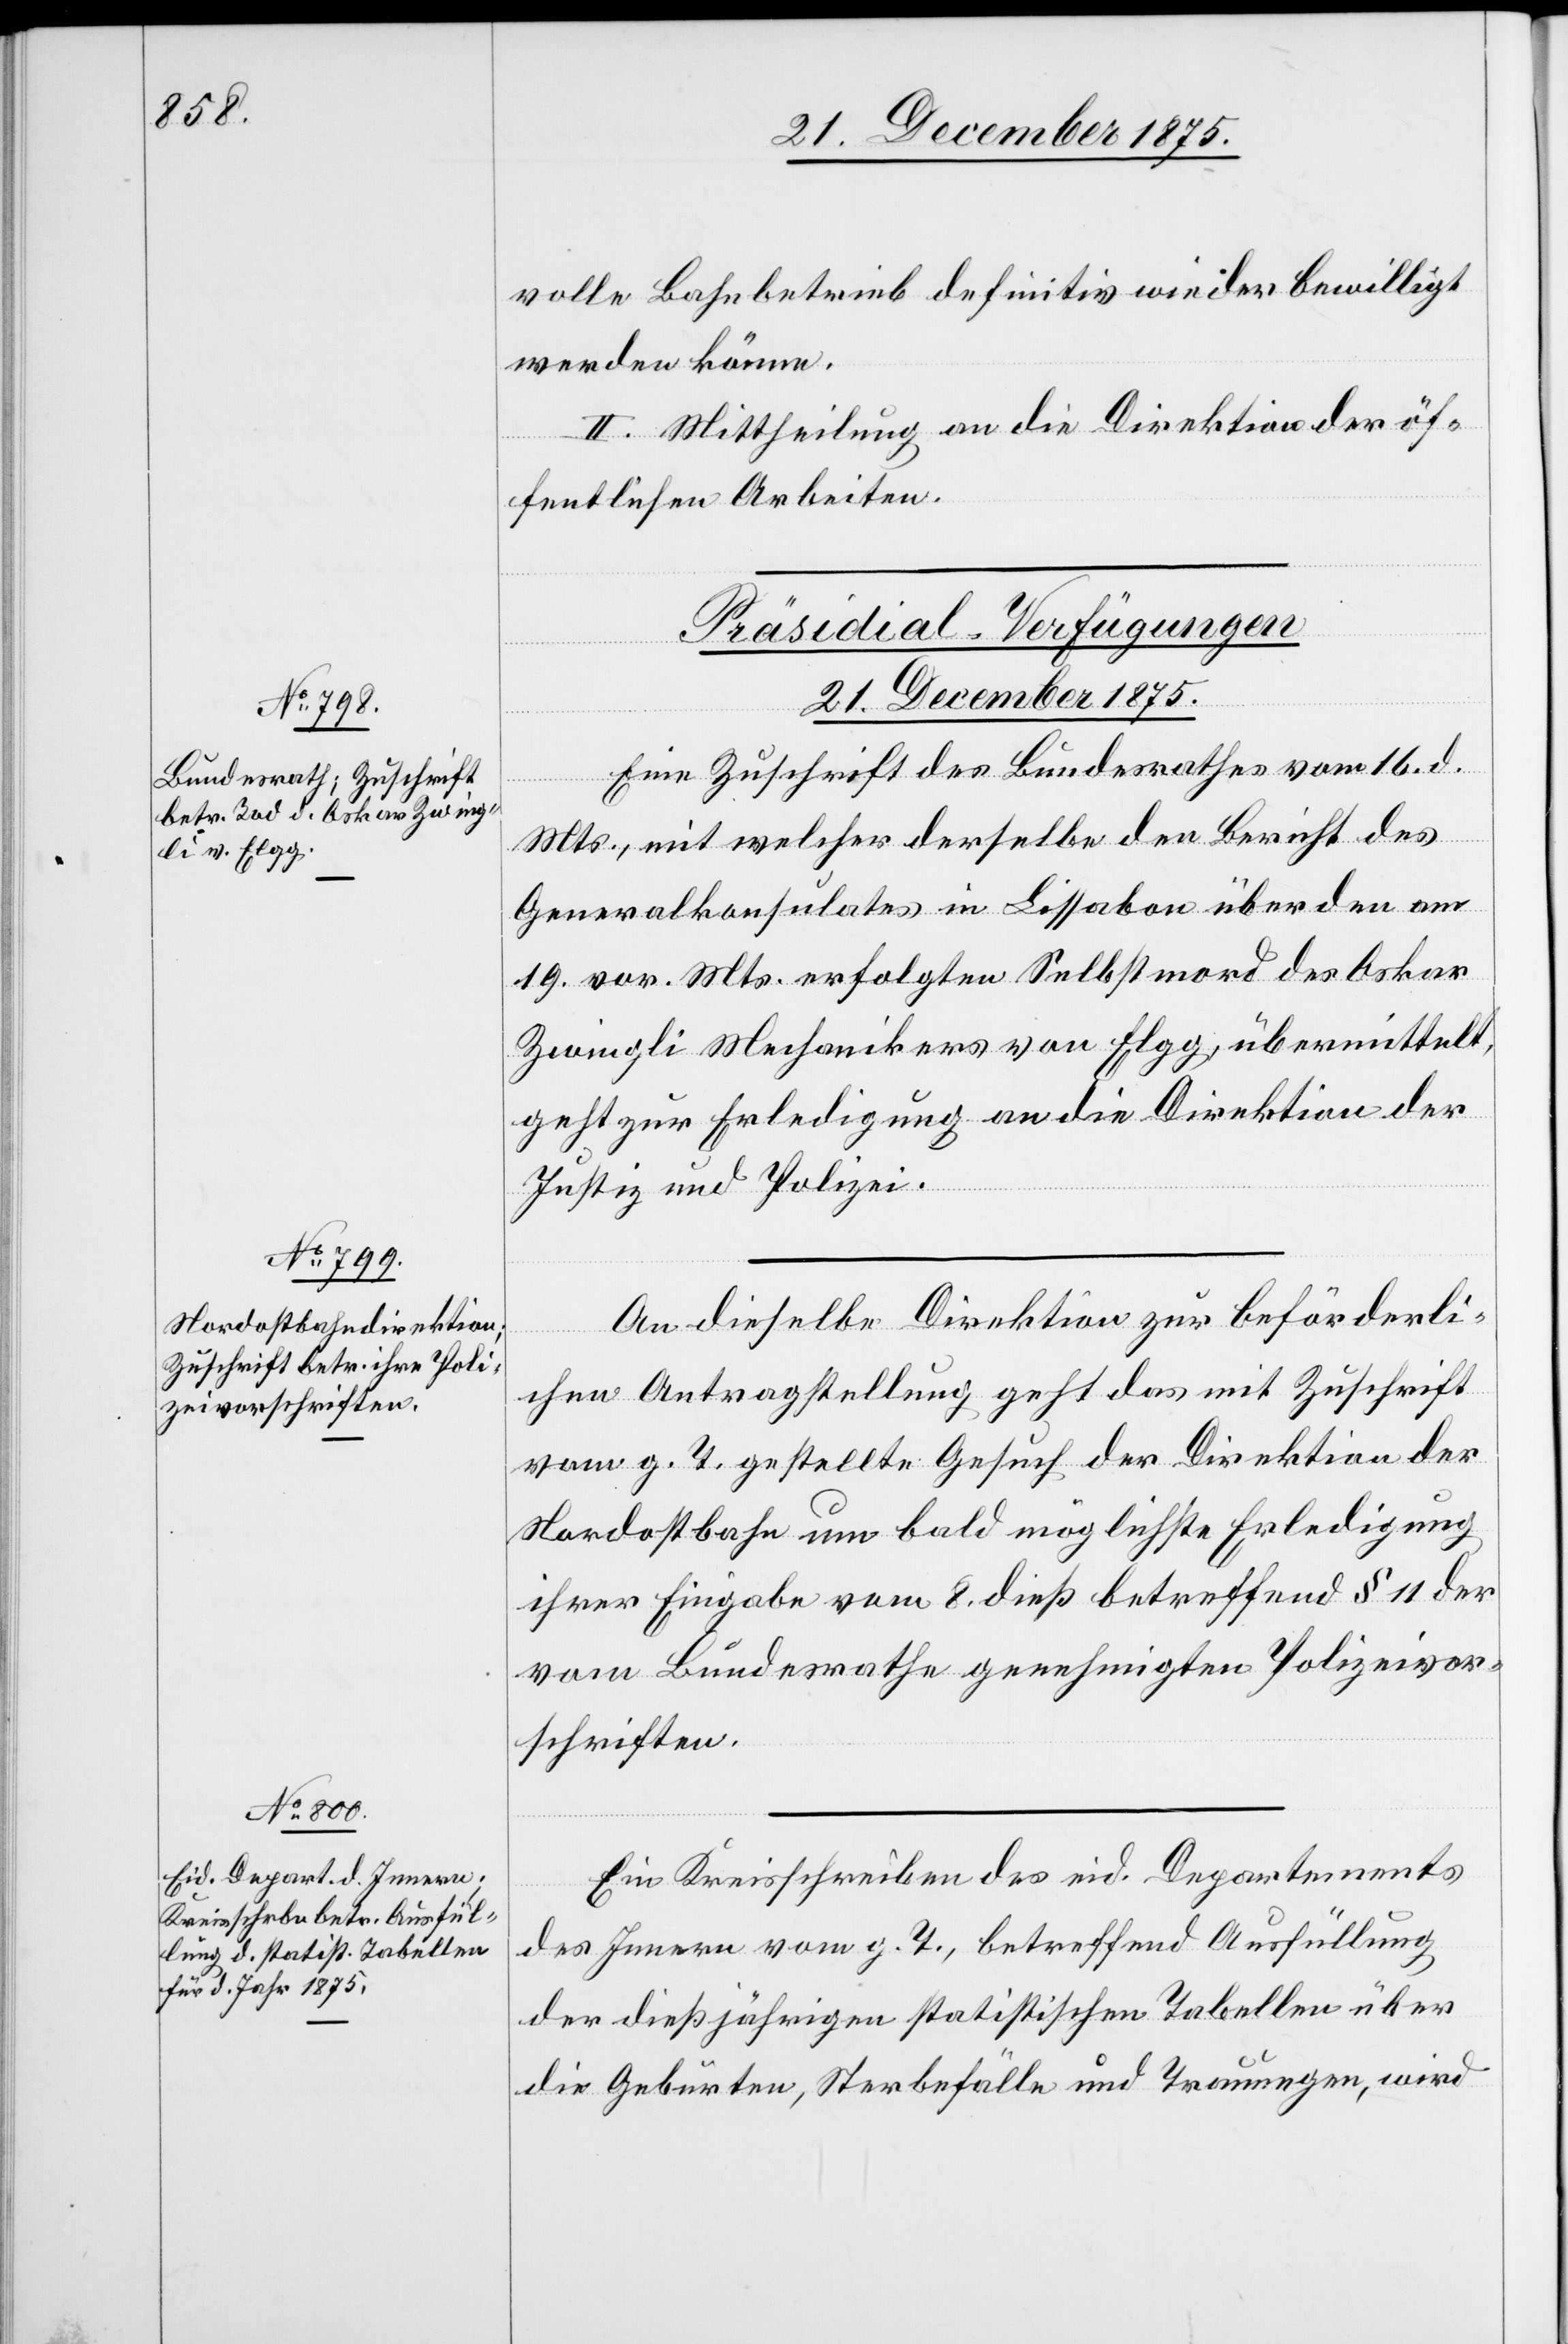
volle Bahnbetrieb definitiv wieder bewilligt
werden könne.
II. Mittheilung an die Direktion der öf¬
fentlichen Arbeiten.
[Präsidial-Verfügungen
21. December 1875.]
Eine Zuschrift des Bundesrathes vom 16. d.
Mts., mit welcher derselbe den Bericht des
Generalkonsulates in Lissabon über den am
19. vor. Mts. erfolgten Selbstmord des Oskar
Zwingli Mechanikers von Elgg, übermittelt,
geht zur Erledigung an die Direktion der
Justiz und Polizei.
An dieselbe Direktion zur beförderli¬
chen Antragstellung geht das mit Zuschrift
vom g. T. gestellte Gesuch der Direktion der
Nordostbahn um bald möglichste Erledigung
ihrer Eingabe vom 8. dieß betreffend § 11 der
vom Bundesrathe genehmigten Polizeivor¬
schriften.
Ein Kreisschreiben des eid. Departements
des Innern vom g. T., betreffend Ausfüllung
der dießjährigen statistischen Tabellen über
die Geburten, Sterbefälle und Trauungen, wird